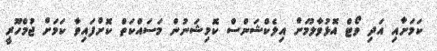
ކަމަށާއި އަދި ވޯޓް އޮޅުވާލުމަށް އިލެކްޝަންސް ކޮމިޝަނުން މަސައްކަތް ކޮށްފައިވާ ކަމަށް ޖުމްހޫރީ